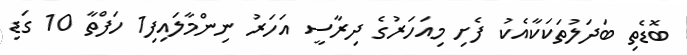
ބޮޑެތި ބަދަލުތަކަކާއެކު ފެށި މިއަހަރުގެ ދިރާސީ އަހަރު ނިންމާލައިފި1 ހަފްތާ 10 ގަޑި